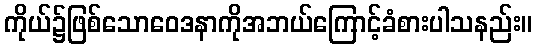
ကိုယ်၌ဖြစ်သောဝေဒနာကိုအဘယ်ကြောင့်ခံစားပါသနည်း။